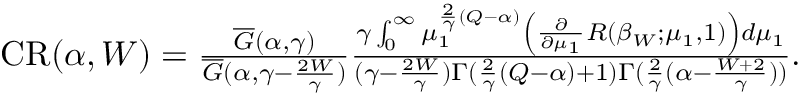
\begin{array} { r } { \mathrm { { C R } } ( \alpha , W ) = \frac { \overline { G } ( \alpha , \gamma ) } { \overline { G } ( \alpha , \gamma - \frac { 2 W } { \gamma } ) } \frac { \gamma \int _ { 0 } ^ { \infty } \mu _ { 1 } ^ { \frac { 2 } { \gamma } ( Q - \alpha ) } \left( \frac { \partial } { \partial \mu _ { 1 } } R ( \beta _ { W } ; \mu _ { 1 } , 1 ) \right) d \mu _ { 1 } } { ( \gamma - \frac { 2 W } { \gamma } ) \Gamma ( \frac { 2 } { \gamma } ( Q - \alpha ) + 1 ) \Gamma ( \frac { 2 } { \gamma } ( \alpha - \frac { W + 2 } { \gamma } ) ) } . } \end{array}